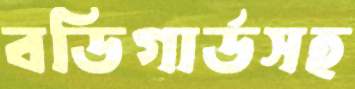
বডিগার্ডসহ